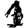
Digit: 1